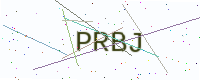
Text: PRBJ